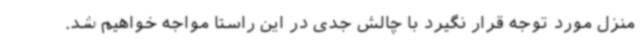
منزل مورد توجه قرار نگیرد با چالش جدی در این راستا مواجه خواهیم شد.